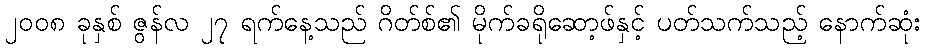
၂၀၀၈ ခုနှစ် ဇွန်လ ၂၇ ရက်နေ့သည် ဂိတ်စ်၏ မိုက်ခရိုဆော့ဖ်နှင့် ပတ်သက်သည့် နောက်ဆုံး